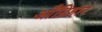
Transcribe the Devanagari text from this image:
औंड़िहार